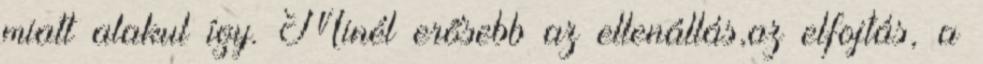
miatt alakul így. Minél erősebb az ellenállás,az elfojtás, a